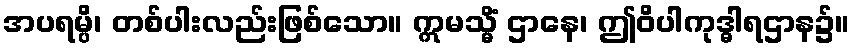
အပရမ္ပိ၊ တစ်ပါးလည်းဖြစ်သော။ ဣမသ္မိံ ဌာနေ၊ ဤဝိပါကုဒ္ဓါရဌာန၌။